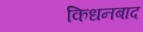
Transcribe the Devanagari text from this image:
किधनबाद